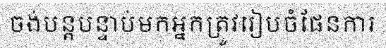
ចង់បន្តបន្ទាប់មកអ្នកត្រូវរៀបចំផែនការ